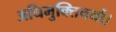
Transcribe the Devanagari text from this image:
अधिमुक्तिचर्या।